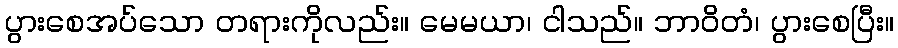
ပွားစေအပ်သော တရားကိုလည်း။ မေမယာ၊ ငါသည်။ ဘာဝိတံ၊ ပွားစေပြီး။